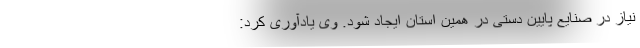
نیاز در صنایع پایین دستی در همین استان ایجاد شود. وی یادآوری کرد: